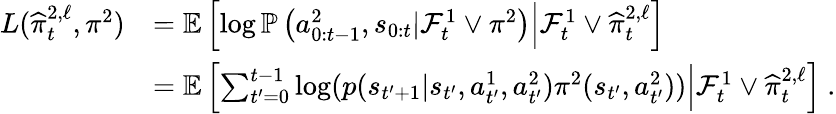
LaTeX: \begin{array}{rl}{L(\widehat{\pi}_{t}^{2,\ell},\pi^{2})}&{=\mathbb E\left[\log\mathbb P\left(a_{0:t-1}^{2},s_{0:t}|\mathcal F_{t}^{1}\vee\pi^{2}\right)\Big|\mathcal F_{t}^{1}\vee\widehat{\pi}_{t}^{2,\ell}\right]}\\ &{=\mathbb E\left[\sum_{t^{\prime}=0}^{t-1}\log(p(s_{t^{\prime}+1}|s_{t^{\prime}},a_{t^{\prime}}^{1},a_{t^{\prime}}^{2})\pi^{2}(s_{t^{\prime}},a_{t^{\prime}}^{2}))\Big|\mathcal F_{t}^{1}\vee\widehat{\pi}_{t}^{2,\ell}\right]\ .}\end{array}